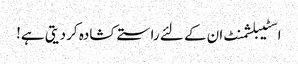
اسٹیبلشمنٹ ان کے لئے راستے کشادہ کر دیتی ہے!